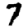
Digit: 7